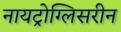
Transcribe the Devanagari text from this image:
नायट्रोग्लिसरीन